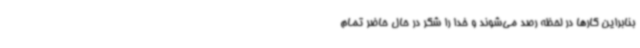
بنابراین کارها در لحظه رصد می‌شوند و خدا را شکر در حال حاضر تمام